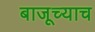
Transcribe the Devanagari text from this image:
बाजूच्याच